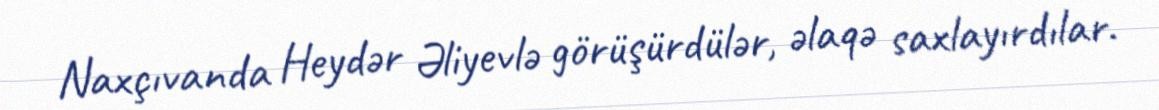
Naxçıvanda Heydər Əliyevlə görüşürdülər, əlaqə saxlayırdılar.